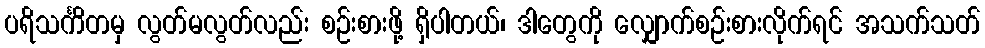
ပရိသင်္ကိတမှ လွတ်မလွတ်လည်း စဉ်းစားဖို့ ရှိပါတယ်၊ ဒါတွေကို လျှောက်စဉ်းစားလိုက်ရင် အသက်သတ်